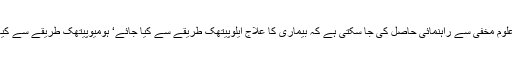
مگر ان دونوںصورتحالوں میں علوم مخفی سے راہنمائی حاصل کی جا سکتی ہے کہ بیماری کا علاج ایلوپیتھک طریقے سے کیا جائے‘ ہومیوپیتھک طریقے سے کیا جائے یا پھر طب یونانی سے؟